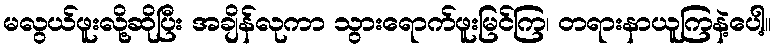
မလွယ်ဖူးလို့ဆိုပြီး အချိန်လုကာ သွားရောက်ဖူးမြင်ကြ၊ တရားနာယူကြနဲ့ပေါ့။